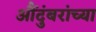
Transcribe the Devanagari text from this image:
औंदुंबरांच्या